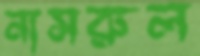
নাসরুল